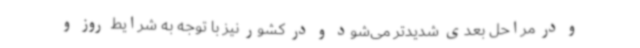
و در مراحل بعدی شدیدتر می‌شود و در کشور نیز با توجه به شرایط روز و